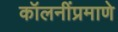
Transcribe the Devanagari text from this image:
कॉलनींप्रमाणे